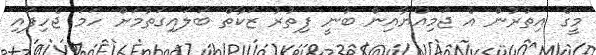
މީގެ އިތުރުން އެ ޖަމިއްޔާއިން ބުނީ ފިތުރު ޒަކާތް ބަލައިގަތުމަށް ހަމަ ޖެހިފައި